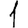
Digit: 1